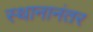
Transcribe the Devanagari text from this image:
स्थानानंतर